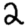
Digit: 2